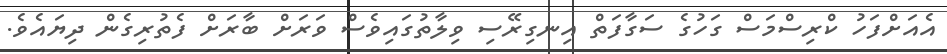
އެއަށްފަހު ކްރިސްމަސް ގަހުގެ ސަގާފަތް އިނގިރޭސި ވިލާތުގައިވެސް ވަރަށް ބާރަށް ފެތުރިގެން ދިޔައެވެ.